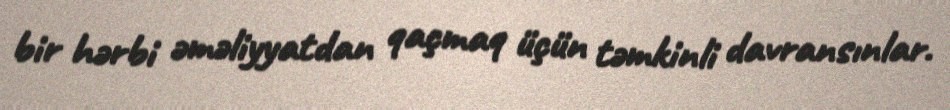
bir hərbi əməliyyatdan qaçmaq üçün təmkinli davransınlar.